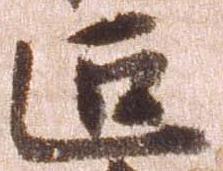
難